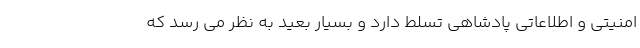
امنیتی و اطلاعاتی پادشاهی تسلط دارد و بسیار بعید به نظر می رسد که